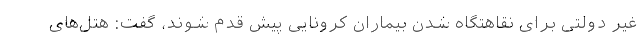
غیر دولتی برای نقاهتگاه شدن بیماران کرونایی پیش قدم شوند، گفت: هتل‌های